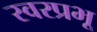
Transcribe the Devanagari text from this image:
स्वरप्रभू